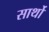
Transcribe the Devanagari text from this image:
सार्थो